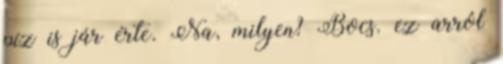
píz is jár érte. Na, milyen? Bocs. ez arról